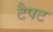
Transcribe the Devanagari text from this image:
टैपट